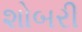
શોબરી